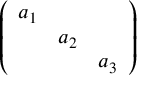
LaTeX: \left( \begin{array} { c c c } { { a _ { 1 } } } & { { } } & { { } } \\ { { } } & { { a _ { 2 } } } & { { } } \\ { { } } & { { } } & { { a _ { 3 } } } \end{array} \right)